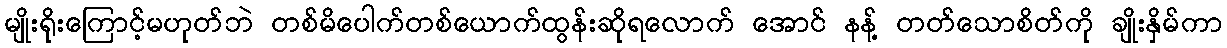
မျိုးရိုးကြောင့်မဟုတ်ဘဲ တစ်မိပေါက်တစ်ယောက်ထွန်းဆိုရလောက် အောင် နန့် တတ်သောစိတ်ကို ချိုးနှိမ်ကာ